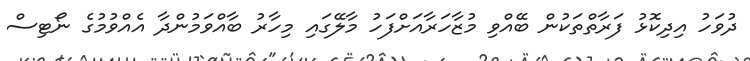
ދުވަހު އިދިކޮޅު ފަރާތްތަކުން ބޭއްވި މުޒާހަރާއަށްފަހު މާލޭގައި މިހާރު ބާއްވަމުންދާ އެއްވުމުގެ ނޯޓިސް